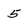
Character: 5